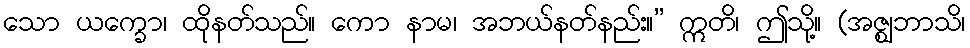
သော ယက္ခော၊ ထိုနတ်သည်။ ကော နာမ၊ အဘယ်နတ်နည်း။” ဣတိ၊ ဤသို့။ (အဇ္ဈဘာသိ၊